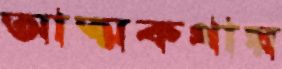
আত্মকথায়